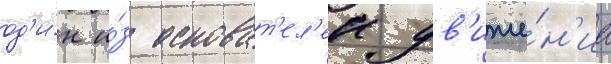
од'и́н и́з основат'ел'еи дв'иже́н'иа